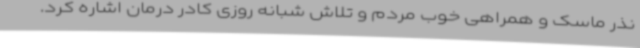
نذر ماسک و همراهی خوب مردم و تلاش شبانه روزی کادر درمان اشاره کرد.